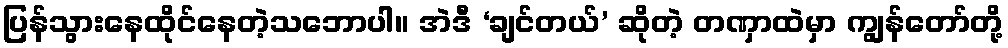
ပြန်သွားနေထိုင်နေတဲ့သဘောပါ။ အဲဒီ ‘ချင်တယ်’ ဆိုတဲ့ တဏှာထဲမှာ ကျွန်တော်တို့